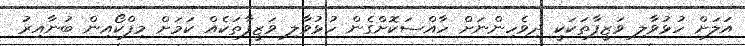
އަލަށް ހުޅުވާލި ވަޒީފާތަކަކީ ދިވެހިންނަށް ހާއްސަކޮށްގެން ހުޅުވާލި ވަޒީފާތަކެއް ކަމަށް މިފްކޯއިން ބުނާއިރު